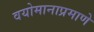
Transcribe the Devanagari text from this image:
वयोमानाप्रमाणे